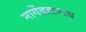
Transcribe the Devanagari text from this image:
नागेंद्रहाराय